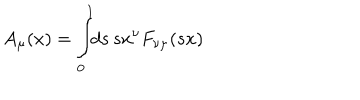
A _ { \mu } ( x ) = \int _ { 0 } ^ { 1 } \! \! d s \, s x ^ { \nu } F _ { \nu \mu } ( s x )